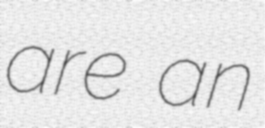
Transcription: are an